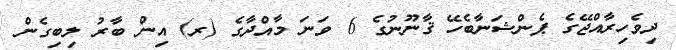
ދިވެހިރާއްޖޭގެ ޕެންޝަނާބެހޭ ޤާނޫނުގެ 6 ވަނަ މާއްދާގެ (ރ) އިން ބާރު ލިބިގެން